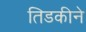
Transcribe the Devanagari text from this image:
तिडकीने